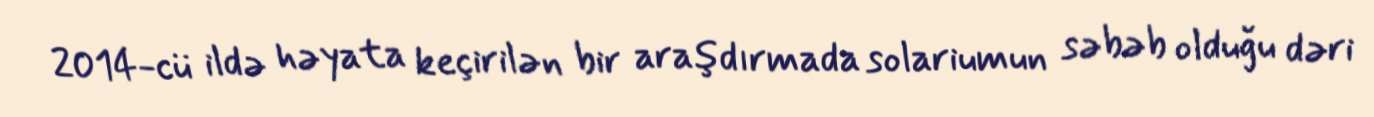
2014-cü ildə həyata keçirilən bir araşdırmada solariumun səbəb olduğu dəri